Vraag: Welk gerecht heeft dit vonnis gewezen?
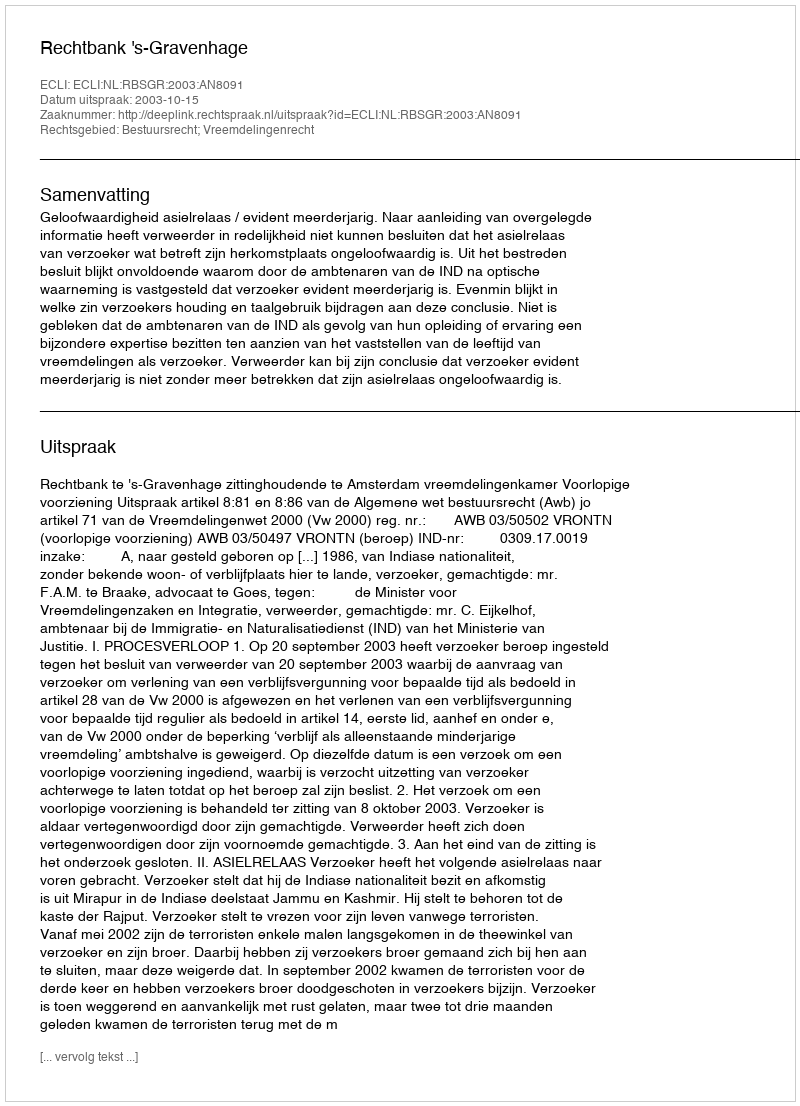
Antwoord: Rechtbank 's-Gravenhage